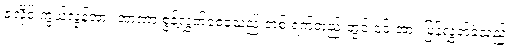
ဇူလိုင် ကွယ်လွန်အား အာဏာ စွန့်လွှတ်စေခဲ့သည့် တစ် ရက်တည်းတွင် ၎င်းအား ပြန်လွှတ်ခဲ့သည်။